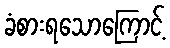
ခံစားရသောကြောင့်